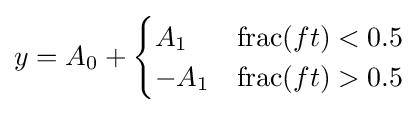
y=A_{0}+{\begin{cases}A_{1}&\operatorname {frac} (ft)<0.5\\-A_{1}&\operatorname {frac} (ft)>0.5\end{cases}}